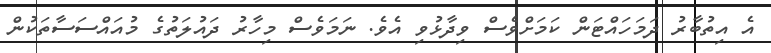
އެ އިތުބާރު ދަމަހައްޓަން ކަމަށްވެސް ވިދާޅުވި އެވެ. ނަމަވެސް މިހާރު ދައުލަތުގެ މުއައްސަސާތަކުން